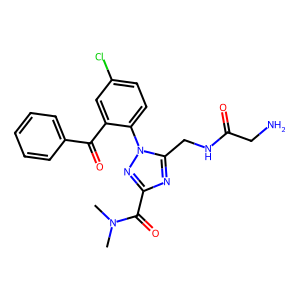
SMILES: CN(C)C(=O)c1nc(CNC(=O)CN)n(-c2ccc(Cl)cc2C(=O)c2ccccc2)n1
Inhibits HIV replication: No